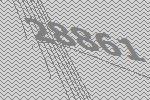
28861